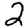
Digit: 2